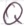
Text: Q